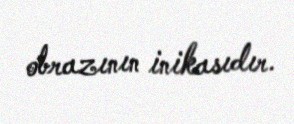
obrazının inikasıdır.